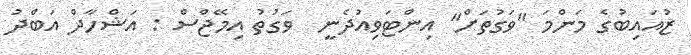
ޒުއައިބުގެ މަންމަ "ވަގުތަށް" އިންޓަވިއުދެނީ  ވަގުތު އިމޭޖްސް : އަޝްހާދް އަބްދު